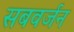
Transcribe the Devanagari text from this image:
सबवर्जन